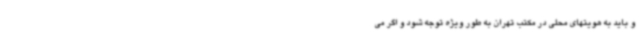
و باید به هویتهای محلی در مکتب تهران به طور ویژه توجه شود و اگر می